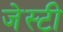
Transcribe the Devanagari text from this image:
जेस्टी